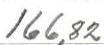
166,82